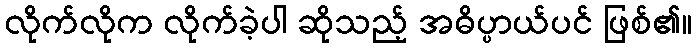
လိုက်လိုက လိုက်ခဲ့ပါ ဆိုသည့် အဓိပ္ပာယ်ပင် ဖြစ်၏။